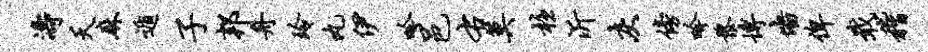
涛夭麻遁子邦舟玲丸伊吟邑右莫柱沂灰傍吟黎博墙俾戢稽